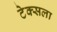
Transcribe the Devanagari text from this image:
टेक्सला